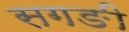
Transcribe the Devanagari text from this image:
सगङी